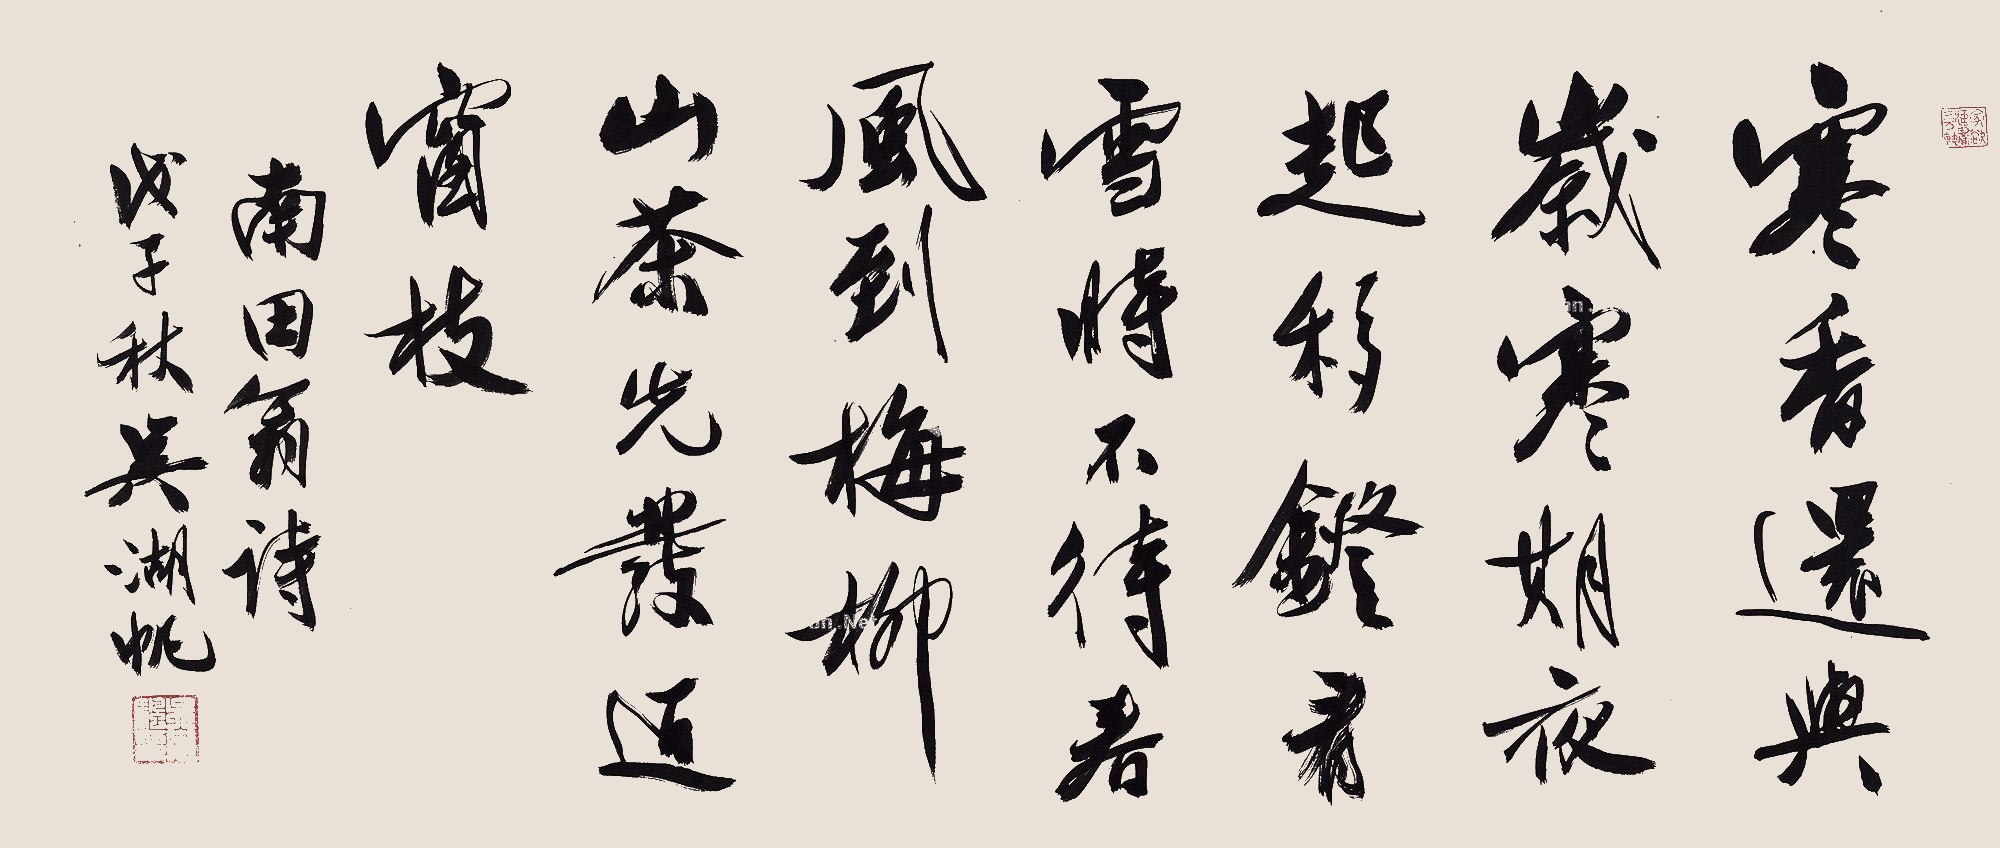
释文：寒香还与岁寒期，夜起移灯看雪时。不待春风到梅柳，山茶先发近窗枝。南田翁诗。戊子秋，吴湖帆。